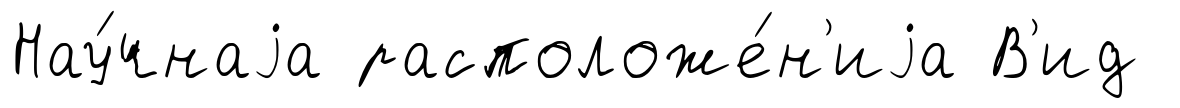
Нау́чнаjа расположе́н'иjа В'ид